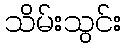
သိမ်းသွင်း